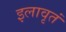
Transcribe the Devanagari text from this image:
इलावृतं